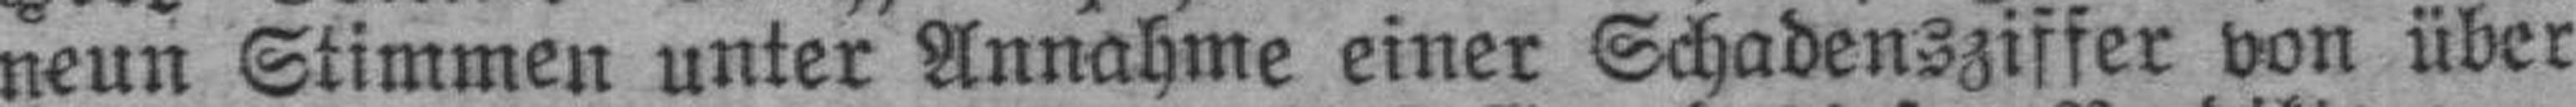
neun Stimmen unter Annahme einer Schadensziffer von über